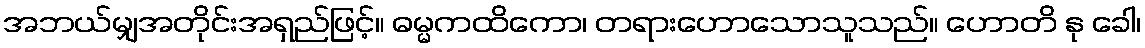
အဘယ်မျှအတိုင်းအရှည်ဖြင့်။ ဓမ္မကထိကော၊ တရားဟောသောသူသည်။ ဟောတိ နု ခေါ၊